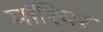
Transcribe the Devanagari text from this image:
मॉरियर